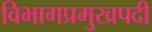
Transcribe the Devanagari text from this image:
विभागप्रमुखपदी